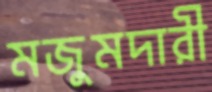
মজুমদারী